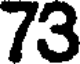
73